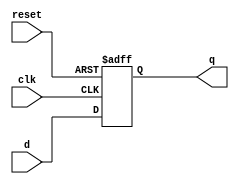
// module D_FF with synchronous reset
module D_FF(q, d, clk, reset);
	output q;
	input d, clk, reset;
	reg q;
	//Lots of new constructs. Ignore the functionality 
	// of the constructs for now. Concentrate on how the 
	// design block is built in a top-down fashion.

	always @(posedge reset or negedge clk)
		if (reset)
			q <= 1'b0;
		else
			q <= d;
endmodule


module T_FF(q, clk, reset);
	output q;
	input clk, reset;
	wire d;
	
	// Instantiate D_FF. Call it dff0.
	D_FF dff0(q, d, clk, reset); 
        //D_FF dff0 (.q(q), .d(d), .clk(clk), .reset(reset)); 	
	// not gate is a Verilog primitive. 
	not n1(d, q); 

endmodule


module ripple_carry_counter(q, clk, reset);

	output [3:0] q; 
	input clk, reset; 

	// Four instances of the module T_FF are created. 
	// Each has a unique name. 
	// Each instance is passed a set of signals.	
	// Notice, that each instance is a copy of the module T_FF.

	T_FF tff0(q[0],clk, reset);
	T_FF tff1(q[1],q[0], reset);
	T_FF tff2(q[2],q[1], reset);
	T_FF tff3(q[3],q[2], reset);
endmodule